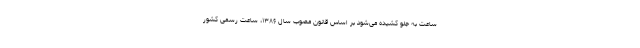
ساعت به جلو کشیده می‌شود بر اساس قانون مصوب سال ۱۳۸۶، ساعت رسمی کشور